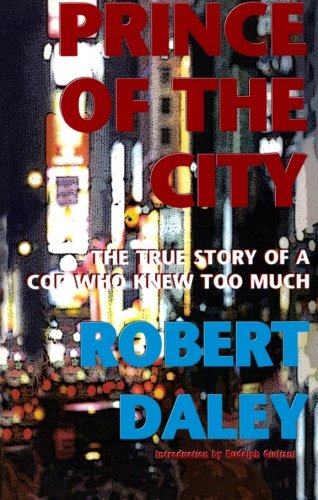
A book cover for Prince of the City: The True Story of a Cop Who Knew Too Much; Robert Daley; Biographies & Memoirs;